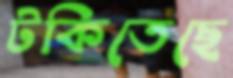
টকিতেছে